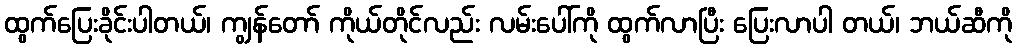
ထွက်ပြေးခိုင်းပါတယ်၊ ကျွန်တော် ကိုယ်တိုင်လည်း လမ်းပေါ်ကို ထွက်လာပြီး ပြေးလာပါ တယ်၊ ဘယ်ဆီကို